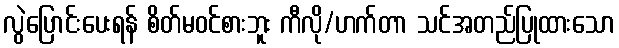
လွဲပြောင်းပေးရန် စိတ်မဝင်စားဘူး ကီလို/ဟက်တာ သင်အတည်ပြုထားသော